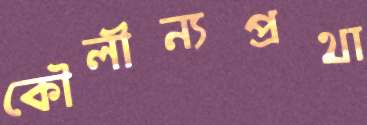
কৌলীন্যপ্রথা